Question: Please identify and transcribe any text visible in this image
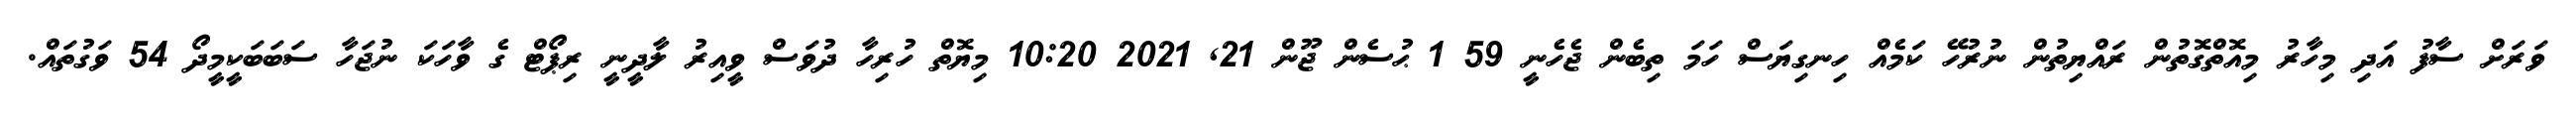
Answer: ވަރަށް ސާފު އަދި މިހާރު މިއޮތްގޮތުން ރައްޔިތުން ނުރުހޭ ކަމެއް ހިނގިޔަސް ހަމަ ތިބެން ޖެހެނީ 59 1 ޙުސެން ޖޫން 21, 2021 10:20 މިޔޮތް ހުރިހާ ދުވަސް ވީއިރު ލާދީނީ ރިޕޯޓް ގެ ވާހަކަ ނުޖަހާ ސަބަބަކީމީދޯ 54 ވަގުތައް.